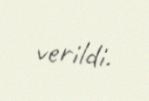
verildi.